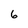
Character: 6